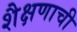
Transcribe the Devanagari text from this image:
शैक्षणाची